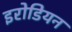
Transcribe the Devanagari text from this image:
इरोडियन